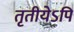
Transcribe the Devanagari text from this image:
तृतीयेऽपि